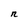
Character: n